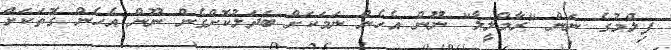
ފިލްމުގެ ނަން "ރާމްލީލާ" ނޫން އެހެން ނަމަކަށް ބަދަލުކޮށްގެން ނޫން އެހެން ގޮތަކަށް